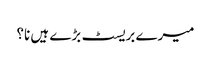
میرے بریسٹ بڑے ہیں نا؟